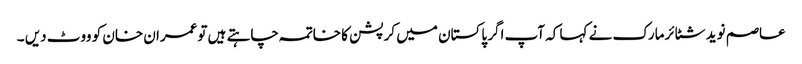
عاصم نوید شٹائرمارک نے کہا کہ آپ اگر پاکستان میں کرپشن کا خاتمہ چاہتے ہیں توعمران خان کو ووٹ دیں ۔